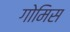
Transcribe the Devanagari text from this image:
गोमिस